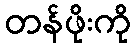
တန်ဖိုးကို